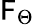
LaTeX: \mathsf{F}_{\Theta}